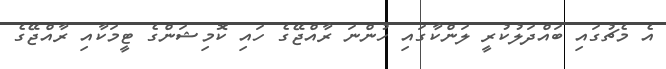
އެ މެޗުގައި ބައްދަލުކުރީ ލަންކާގައި ހުންނަ ރާއްޖޭގެ ހައި ކޮމިޝަންގެ ޓީމަކާއި ރާއްޖޭގެ